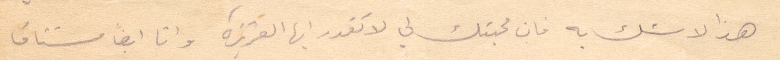
هذا لا شك به فان محبتك لي لا تقدر أيها العزيزة وأنا ايضًا مشتاق